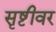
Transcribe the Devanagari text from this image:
सृष्टीवर